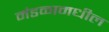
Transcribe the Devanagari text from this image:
मंडळामधील